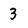
Character: 3